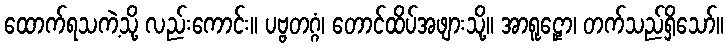
ထောက်ရသကဲ့သို့ လည်းကောင်း။ ပဗ္ဗတဂ္ဂံ၊ တောင်ထိပ်အဖျားသို့။ အာရူဠှော၊ တက်သည်ရှိသော်။